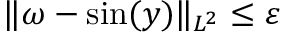
\Vert \omega - \sin ( y ) \Vert _ { L ^ { 2 } } \leq \varepsilon